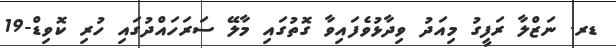
ޑރ. ނަޒްލާ ރަފީގު މިއަދު ވިދާޅުވެފައިވާ ގޮތުގައި މާލޭ ސަރަހައްދުގައި ހުރި ކޮވިޑް-19